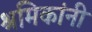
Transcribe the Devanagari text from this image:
श्रमिकांनी